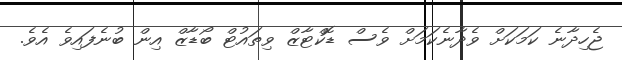
ޖެހިދާނެ ކަމަކަށް ވެދާނެކަމަށް ވެސް ޑޮކްޓާޒް ވިތައުޓް ބޯޑާޒް އިން ބުނެފައިވެ އެވެ.